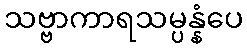
သဗ္ဗာကာရသမ္ပန္နံပေ